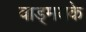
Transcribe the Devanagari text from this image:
वाड्मयके